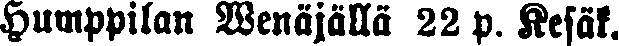
Humppilan Wenäjällä 22 p. Kesäk.